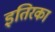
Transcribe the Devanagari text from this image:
इतिरका